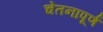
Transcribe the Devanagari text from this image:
चेतनापूर्ण